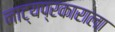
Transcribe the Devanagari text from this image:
नाट्यप्रकाराला